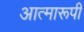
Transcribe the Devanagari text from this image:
आत्मारूपी